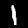
Digit: 1